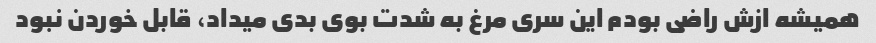
همیشه ازش راضی بودم این سری مرغ به شدت بوی بدی میداد، قابل خوردن نبود